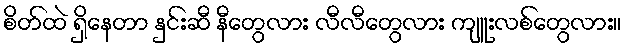
စိတ်ထဲ ရှိနေတာ နှင်းဆီ နီတွေလား လီလီတွေလား ကျူးလစ်တွေလား။